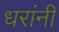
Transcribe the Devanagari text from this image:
धरांनी